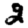
Digit: 2